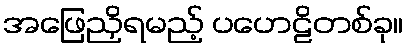
အဖြေညှိရမည့် ပဟေဠိတစ်ခု။